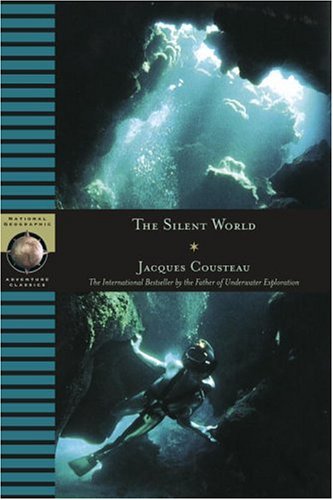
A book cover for Silent World (National Geographic Adventure Classics); Jacques Cousteau; Science & Math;